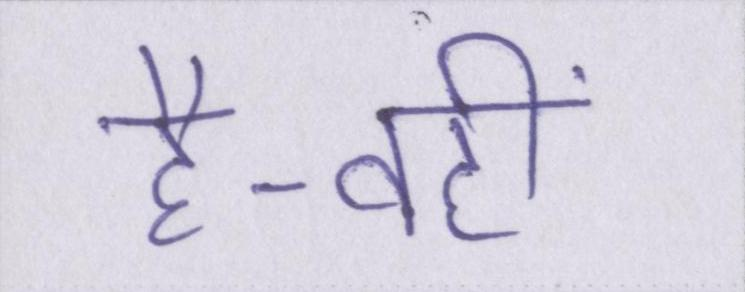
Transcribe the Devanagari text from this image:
है-वहीं